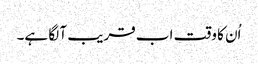
اُن کا وقت اب قریب آ لگا ہے۔